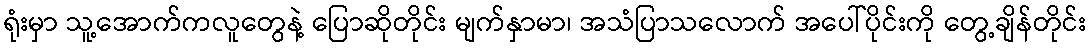
ရုံးမှာ သူ့အောက်ကလူတွေနဲ့ ပြောဆိုတိုင်း မျက်နှာမာ၊ အသံပြာသလောက် အပေါ်ပိုင်းကို တွေ့ချိန်တိုင်း